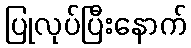
ပြုလုပ်ပြီးနောက်